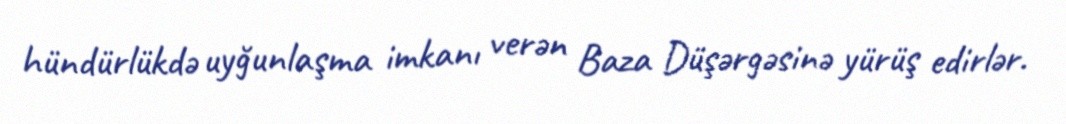
hündürlükdə uyğunlaşma imkanı verən Baza Düşərgəsinə yürüş edirlər.